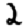
Digit: 2